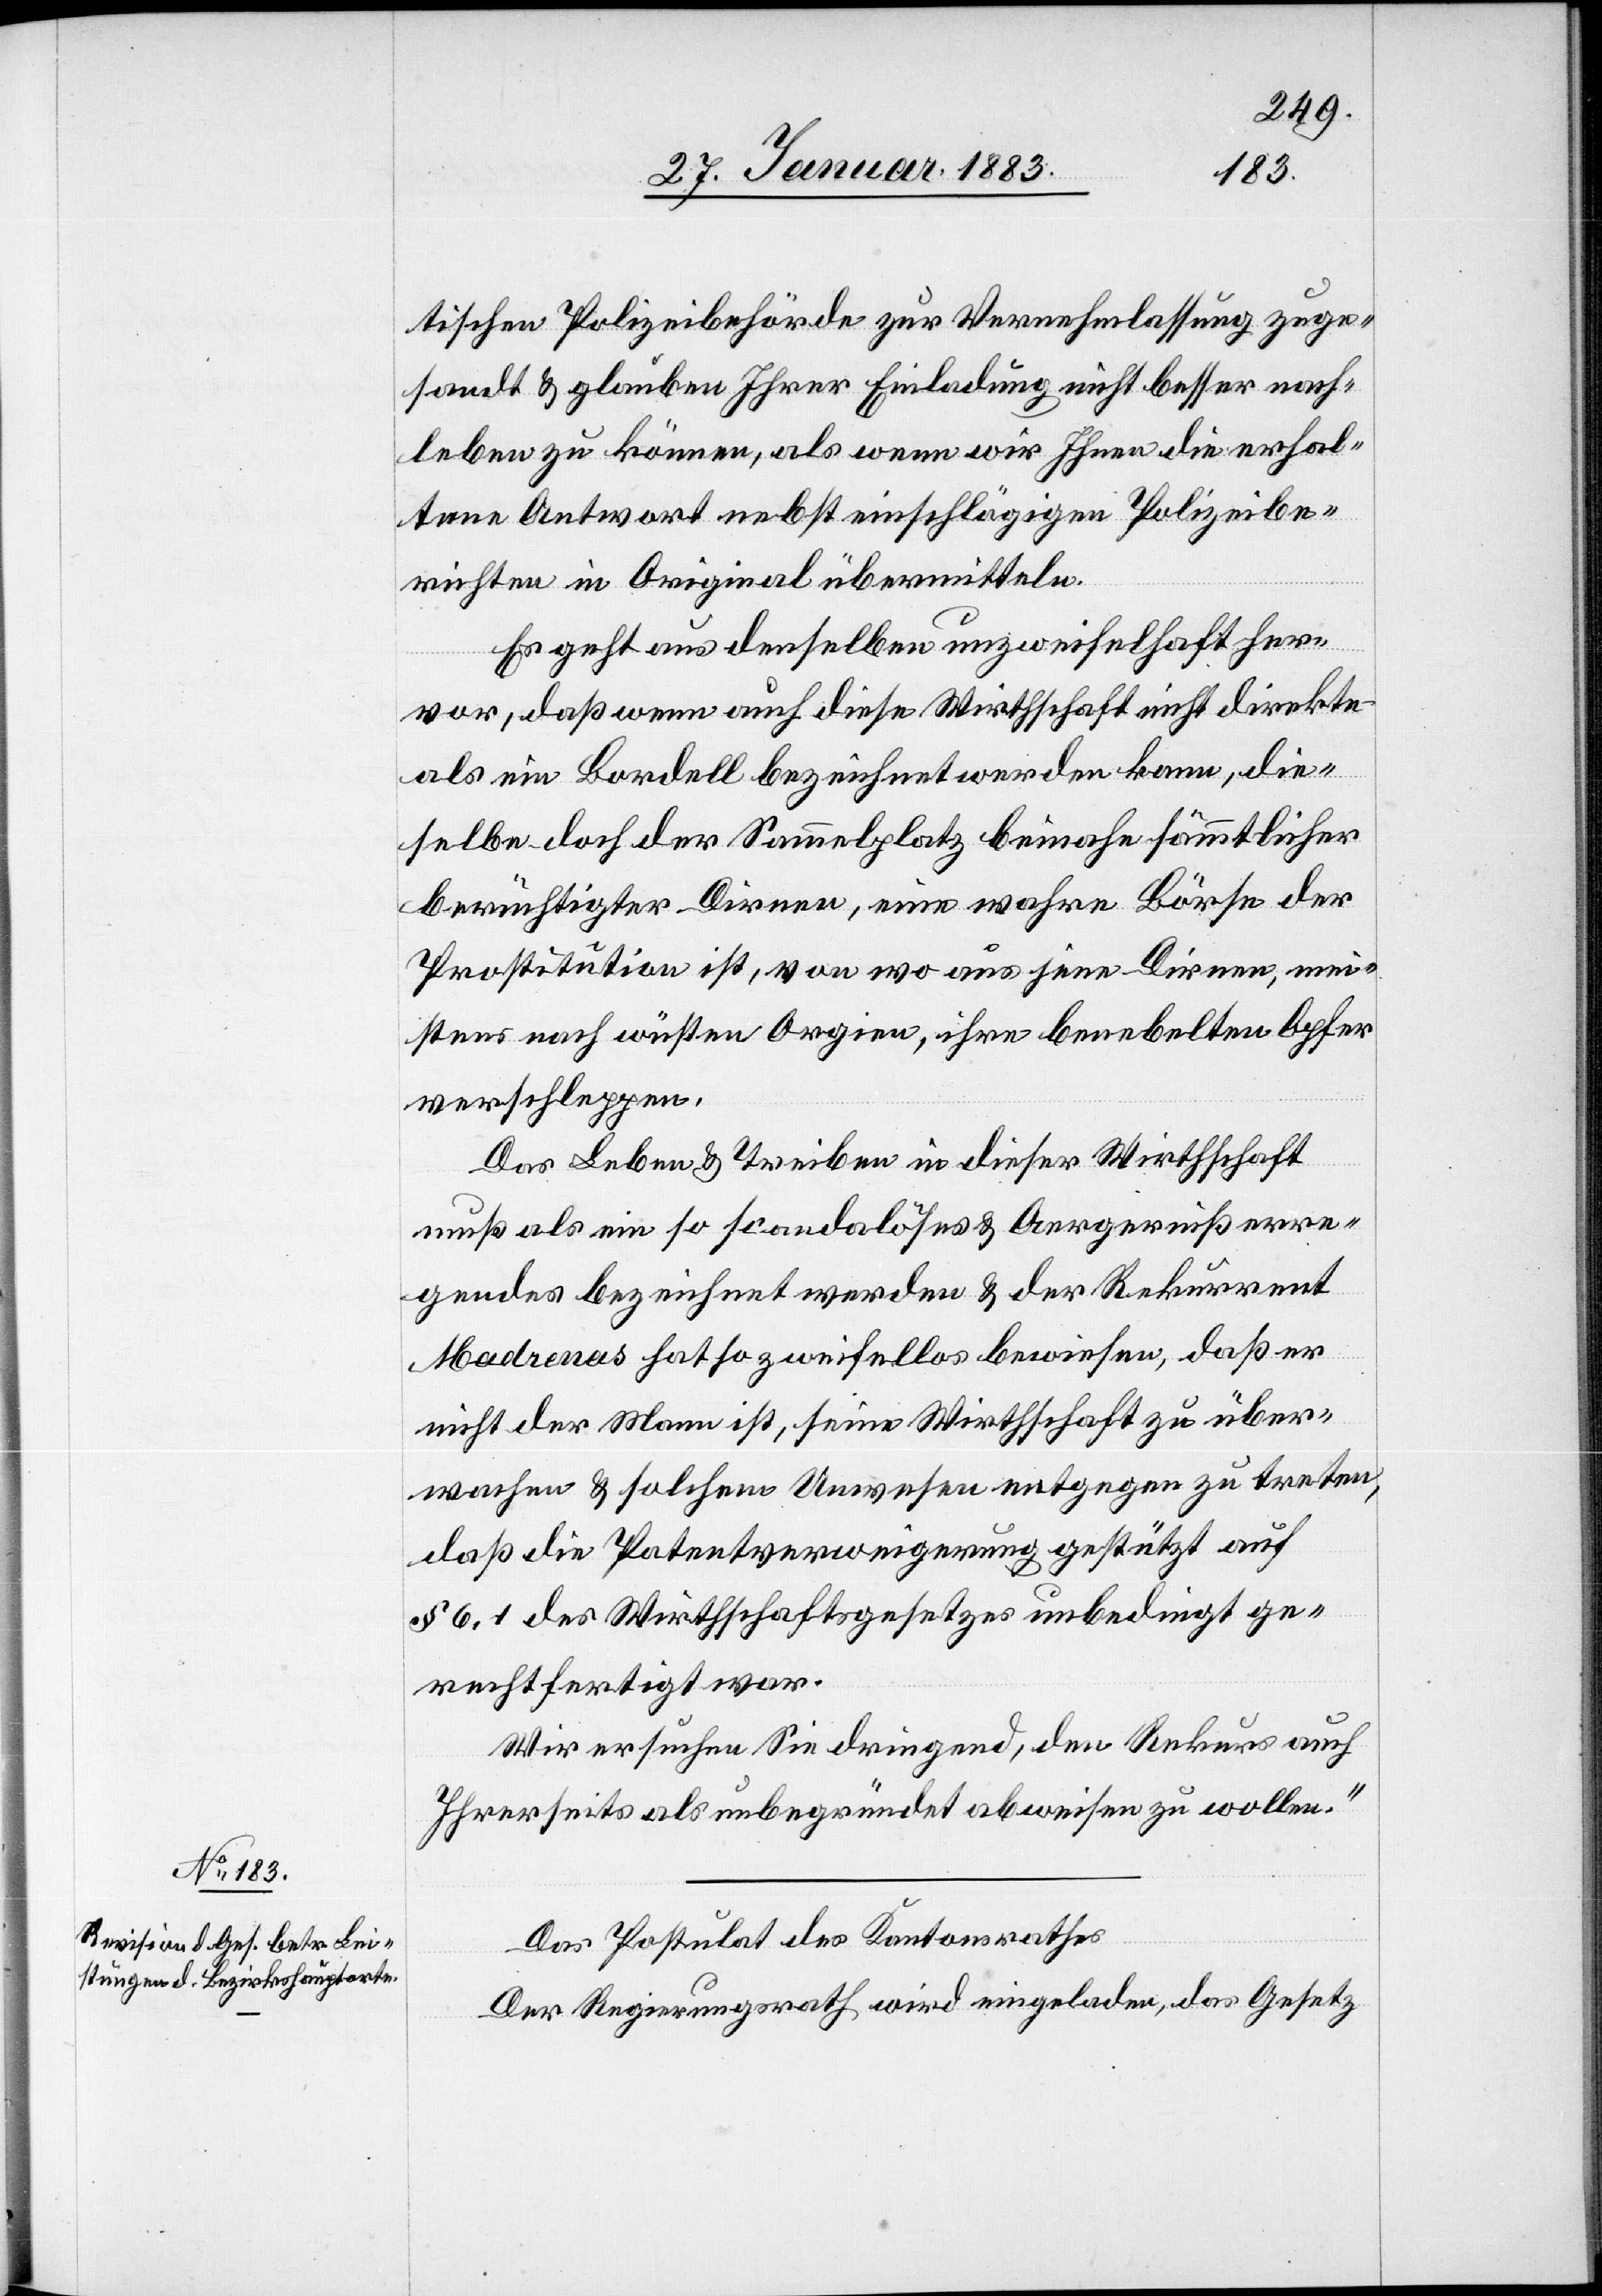
tischen Polizeibehörde zur Vernehmlassung zuge¬
sandt & glauben Ihrer Einladung nicht besser nach¬
leben zu können, als wenn wir Ihnen die erhal¬
tene Antwort nebst einschlägigen Polizeibe¬
richten in Original übermitteln.
Es geht aus denselben unzweifelhaft her¬
vor, daß wenn auch diese Wirthschaft nicht direkte
als ein Bordell bezeichnet werden kann, die¬
selbe doch der Sammelplatz beinahe sämmtlicher
berüchtigter Dirnen, eine wahre Börse der
Prostitution ist, von wo aus jene Dirnen, me¬
istens nach wüsten Orgien, ihre benebelten Opfer
verschleppen.
Das Leben & Treiben in dieser Wirthschaft
muß als ein so scandalöses & Aergerniß erre¬
gendes bezeichnet werden & der Rekurrent
Madrenas hat so zweifellos bewiesen, daß er
nicht der Mann ist, seine Wirthschaft zu über¬
wachen & solchem Unwesen entgegen zu treten,
daß die Patentverweigerung gestützt auf
§ 6, 1 des Wirthschaftsgesetzes unbedingt ge¬
rechtfertigt war.
Wir ersuchen Sie dringend, den Rekurs auch
Ihrerseits als unbegründet abweisen zu wollen.“
Das Postulat des Kantonsrathes
Der Regierungsrath wird eingeladen, das Gesetz